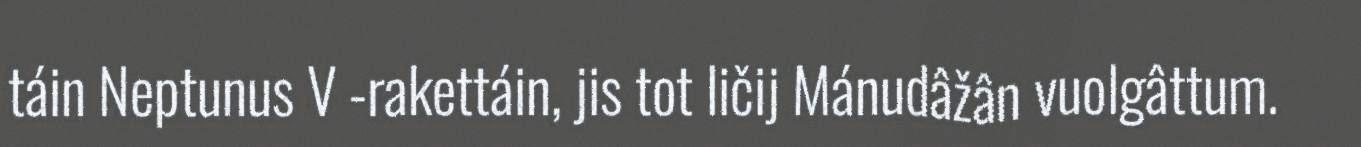
táin Neptunus V -rakettáin, jis tot ličij Mánudâžân vuolgâttum.